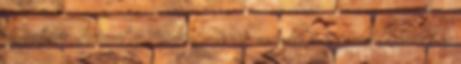
ügyintézés Informatio Medicata 2005. november 9-10 Beke Gabriella 21